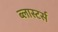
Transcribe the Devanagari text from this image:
ब्लास्टर्स